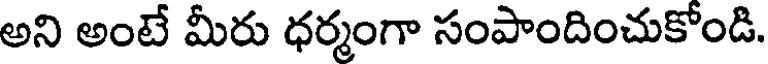
అని అంటే మీరు ధర్మంగా సంపాందించుకోండి.